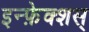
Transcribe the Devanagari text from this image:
इन्फ़ेक्शस्